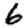
Digit: 6